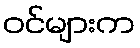
ဝင်များက